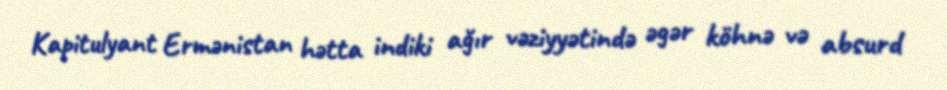
Kapitulyant Ermənistan hətta indiki ağır vəziyyətində əgər köhnə və absurd